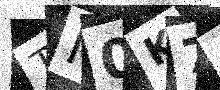
Text: TM0K7O